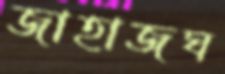
জাহাজঘ